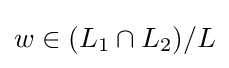
w\in (L_{1}\cap L_{2})/L